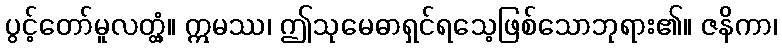
ပွင့်တော်မူလတ္တံ့။ ဣမဿ၊ ဤသုမေဓာရှင်ရသေ့ဖြစ်သောဘုရား၏။ ဇနိကာ၊